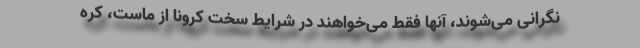
نگرانی می‌شوند، آنها فقط می‌خواهند در شرایط سخت کرونا از ماست، کره